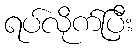
ရပ်လိုက်ပြီး